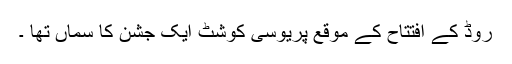
روڈ کے افتتاح کے موقع پریوسی کوشٹ ایک جشن کا سماں تھا ۔